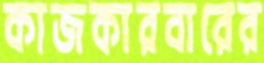
কাজকারবারের